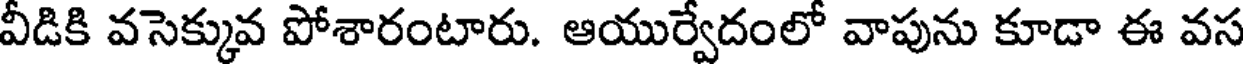
వీడికి వసెక్కువ పోశారంటారు. ఆయుర్వేదంలో వాపును కూడా ఈ వస